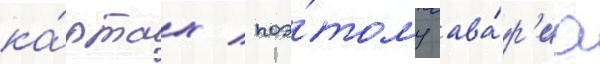
ка́ртах / поэ́тому ава́р'иа